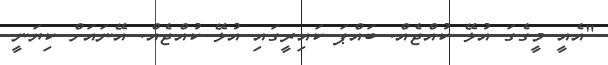
"އެއީ މީގެގަ އުޅޭ ކުއްޖެއް. ބައްޕަ ކައިރީގައި އުޅޭ ކުއްޖެއް. އޭނައަށް ކިޔަނީ